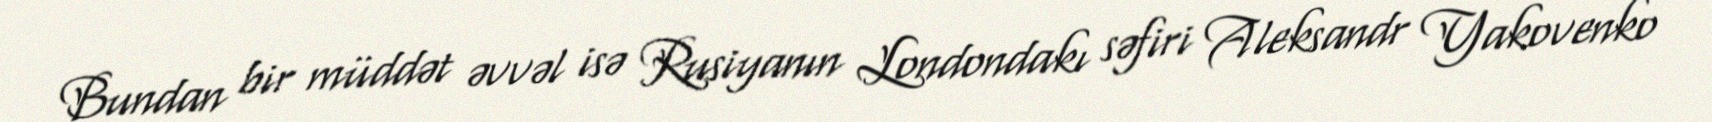
Bundan bir müddət əvvəl isə Rusiyanın Londondakı səfiri Aleksandr Yakovenko